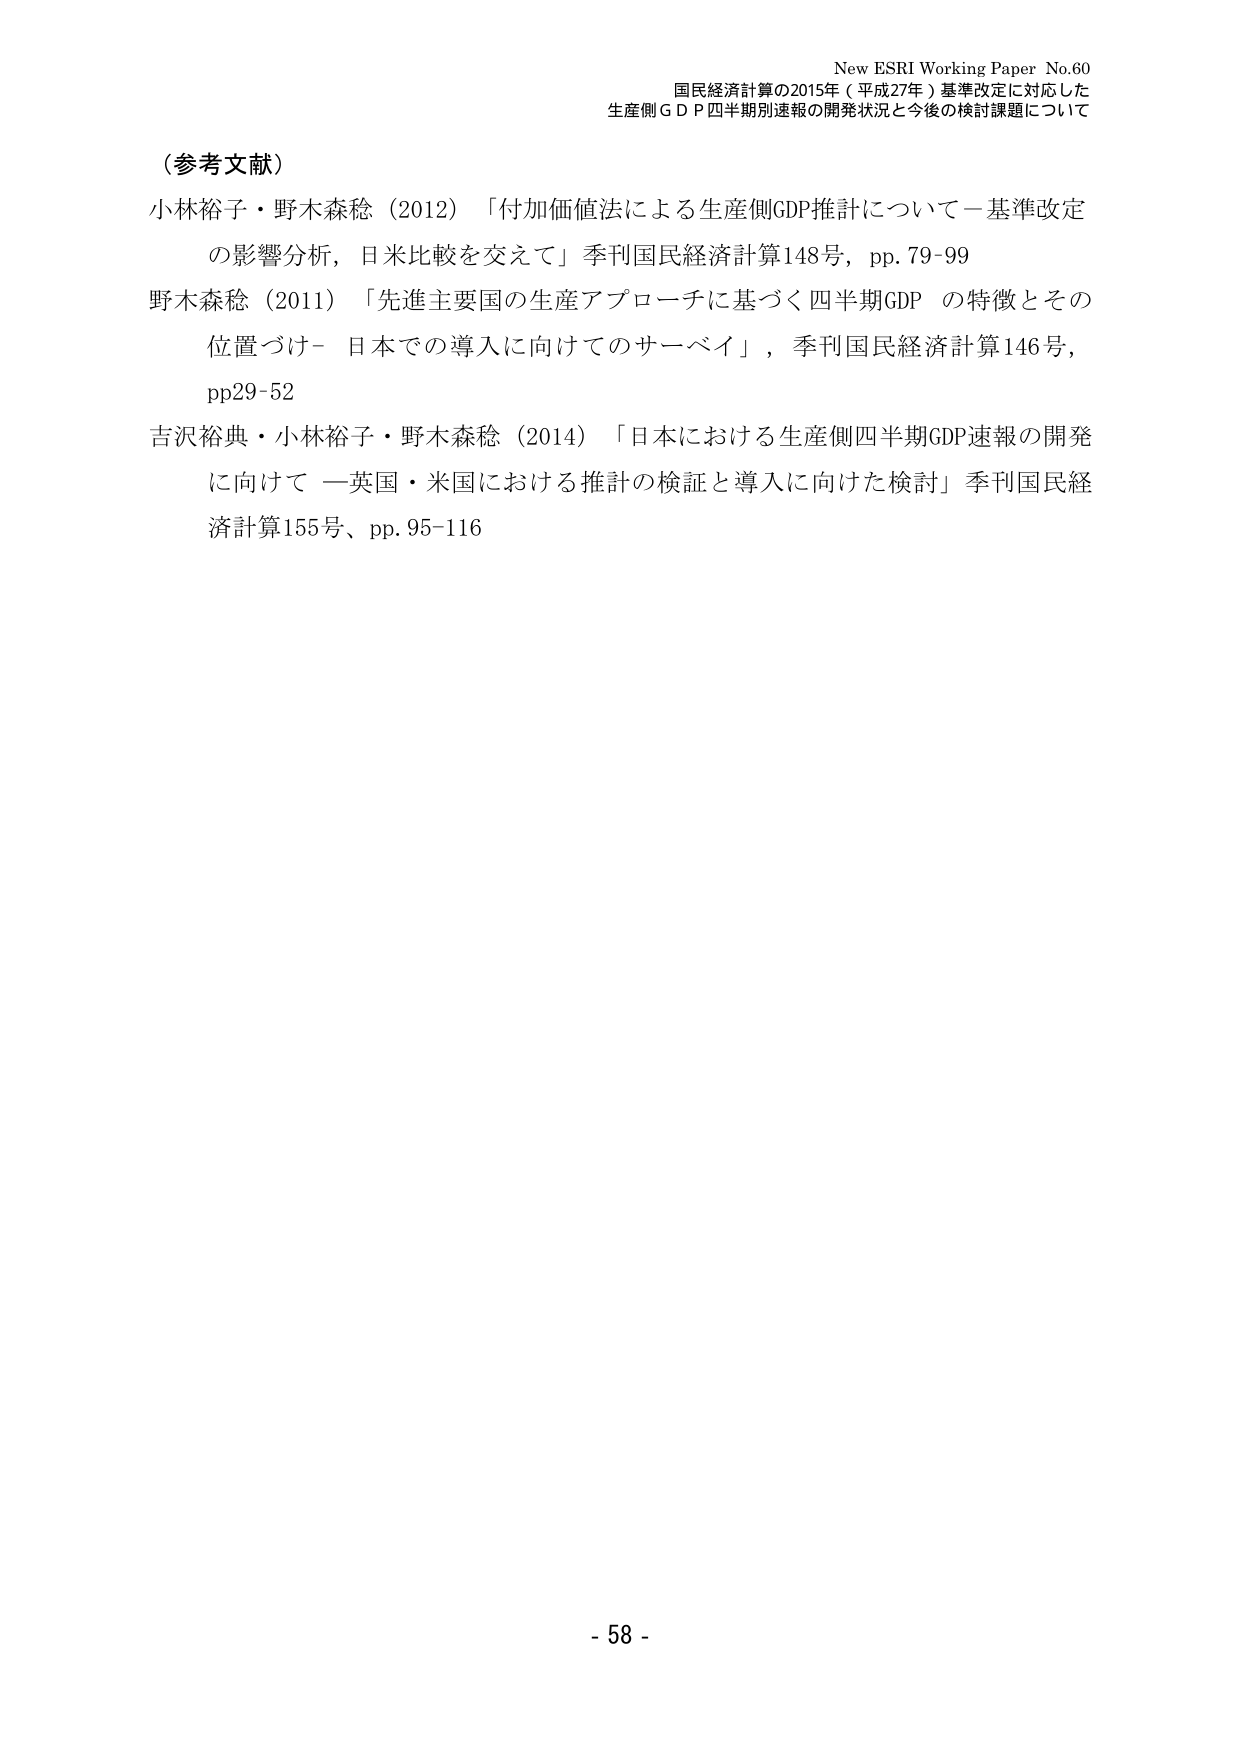
New ESRI Working Paper No.60
国民経済計算の2015年（平成27年）基準改定に対応した
生産側ＧＤＰ四半期別速報の開発状況と今後の検討課題について

（参考文献）
小林裕子・野木森稔（2012）「付加価値法による生産側GDP推計について－基準改定
の影響分析，日米比較を交えて」季刊国民経済計算148号，pp.79-99
野木森稔（2011）「先進主要国の生産アプローチに基づく四半期GDP の特徴とその
位置づけ－ 日本での導入に向けてのサーベイ」，季刊国民経済計算146号，
pp29-52
吉沢裕典・小林裕子・野木森稔（2014）「日本における生産側四半期GDP速報の開発
に向けて －英国・米国における推計の検証と導入に向けた検討」季刊国民経
済計算155号、pp.95-116

- 58 -